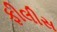
ફીલીસ